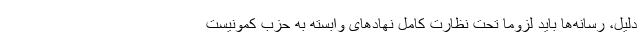
دلیل، رسانه‌ها باید لزوما تحت نظارت کامل نهادهای وابسته به حزب كمونیست